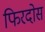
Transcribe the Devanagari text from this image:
फिरदोस